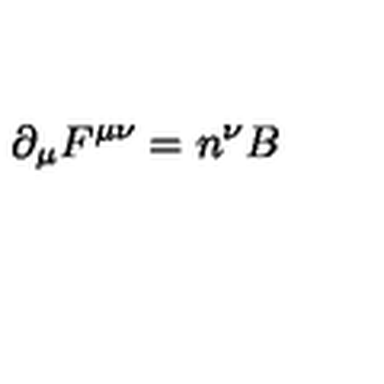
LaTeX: { \partial } _ { \mu } F ^ { { \mu } { \nu } } = n ^ { \nu } B